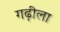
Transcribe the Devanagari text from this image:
गढ़ीला